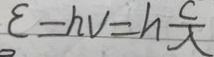
\varepsilon = h v = h \frac { c } { \lambda }